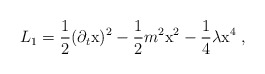
\begin{align*}L_1=\frac{1}{2} (\partial_t {\rm x})^2-\frac{1}{2} m^2 {\rm x}^2-\frac{1}{4} \lambda {\rm x}^4 \; ,\end{align*}